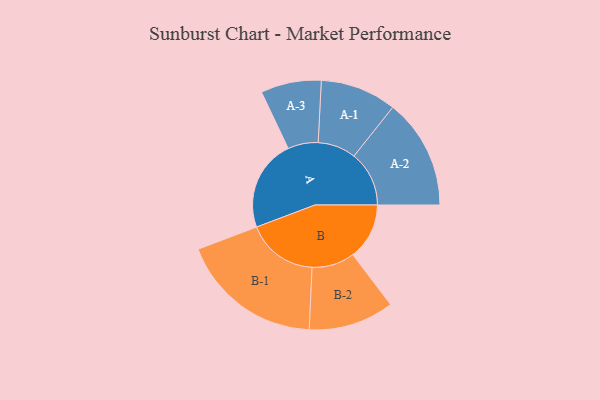
{"axis": {"x": "Segment", "y": "Value"}, "legend": ["", "A", "B"], "data": [{"x": "A", "y": 338, "type": ""}, {"x": "B", "y": 209, "type": ""}, {"x": "A-1", "y": 141, "type": "A"}, {"x": "A-2", "y": 204, "type": "A"}, {"x": "A-3", "y": 112, "type": "A"}, {"x": "B-1", "y": 264, "type": "B"}, {"x": "B-2", "y": 158, "type": "B"}]}